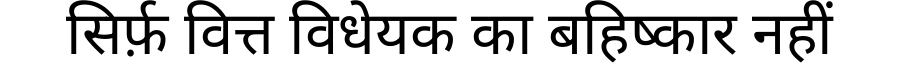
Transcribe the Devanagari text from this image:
सिर्फ़ वित्त विधेयक का बहिष्कार नहीं